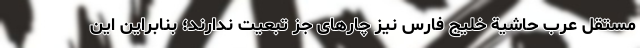
مستقل عرب حاشیة خلیج فارس نیز چار‌های جز تبعیت ندارند؛ بنابراین این